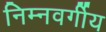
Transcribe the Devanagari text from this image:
निम्‍नवर्गीय